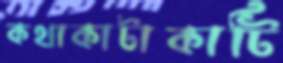
কথাকাটাকাটি